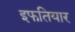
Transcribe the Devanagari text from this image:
इफतियार